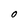
Character: O